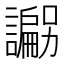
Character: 𲁽